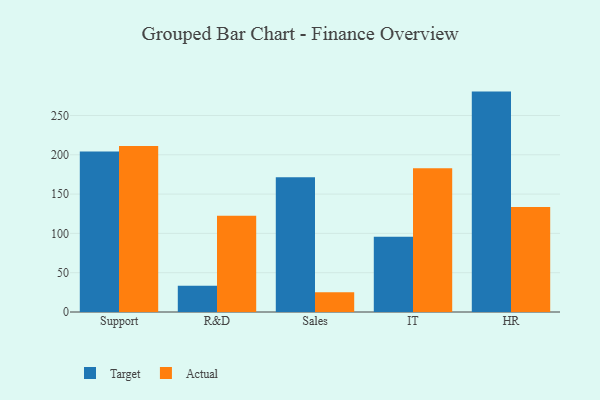
{"axis": {"x": "Department", "y": "Net Income (USD K)"}, "legend": ["Actual", "Target"], "data": [{"x": "Support", "y": 204.2, "type": "Target"}, {"x": "Support", "y": 211.1, "type": "Actual"}, {"x": "R&D", "y": 33.3, "type": "Target"}, {"x": "R&D", "y": 122.4, "type": "Actual"}, {"x": "Sales", "y": 171.3, "type": "Target"}, {"x": "Sales", "y": 25.1, "type": "Actual"}, {"x": "IT", "y": 95.7, "type": "Target"}, {"x": "IT", "y": 183.0, "type": "Actual"}, {"x": "HR", "y": 280.4, "type": "Target"}, {"x": "HR", "y": 133.7, "type": "Actual"}]}